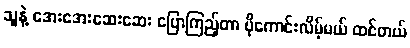
သူနဲ့ အေးအေးဆေးဆေး ပြောကြည့်တာ ပိုကောင်းလိမ့်မယ် ထင်တယ်